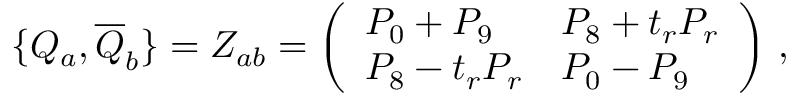
\{ { \cal { Q } } _ { a } , { \overline { { { \cal { Q } } } } } _ { b } \} = { \cal { Z } } _ { a b } = \left( \begin{array} { l l } { { P _ { 0 } + P _ { 9 } } } & { { P _ { 8 } + t _ { r } P _ { r } } } \\ { { P _ { 8 } - t _ { r } P _ { r } } } & { { P _ { 0 } - P _ { 9 } } } \end{array} \right) \, ,